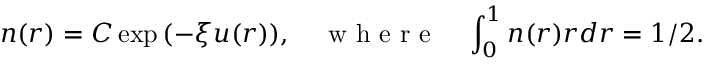
n ( r ) = C \exp { \left( - \xi u ( r ) \right) } , \quad \mathrm { ~ w ~ h ~ e ~ r ~ e ~ } \quad \int _ { 0 } ^ { 1 } n ( r ) r d r = 1 / 2 .